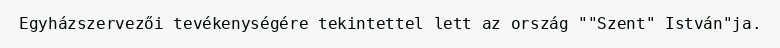
Egyházszervezői tevékenységére tekintettel lett az ország ""Szent" István"ja.